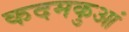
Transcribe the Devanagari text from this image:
कदमकुआं